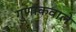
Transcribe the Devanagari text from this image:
गुणांकवाले